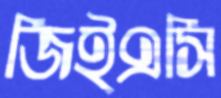
জিইএসি